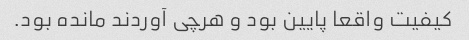
کیفیت واقعا پایین بود و هرچی آوردند مانده بود.